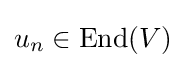
u_{n}\in \mathrm {End} (V)